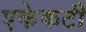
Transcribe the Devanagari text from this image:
एकेकटीं